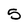
Character: 5